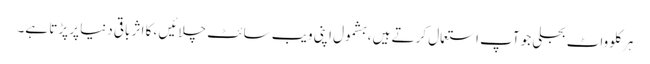
ہر کلو واٹ بجلی جو آپ استعمال کرتے ہیں ، بشمول اپنی ویب سائٹ چلائیں ، کا اثر باقی دنیا پر پڑتا ہے۔